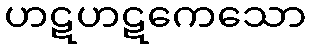
ဟဋဟဋကေသော